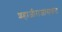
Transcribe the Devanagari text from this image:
शहाजीराजांसकट